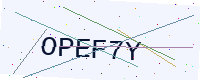
Text: OPEF7Y